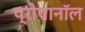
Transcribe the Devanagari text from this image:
प्रोपानॉल